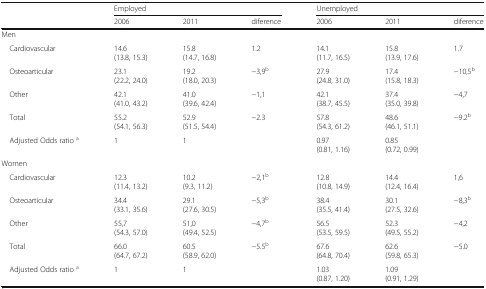
<table><thead><tr><td></td><td colspan="3"><b>Employed</b></td><td colspan="3"><b>Unemployed</b></td></tr><tr><td></td><td><b>2006</b></td><td><b>2011</b></td><td><b>diference</b></td><td><b>2006</b></td><td><b>2011</b></td><td><b>diference</b></td></tr></thead><tbody><tr><td colspan="7">Men</td></tr><tr><td> Cardiovascular</td><td>14.6(13.8, 15.3)</td><td>15.8(14.7, 16.8)</td><td>1.2</td><td>14.1(11.7, 16.5)</td><td>15.8(13.9, 17.6)</td><td>1.7</td></tr><tr><td> Osteoarticular</td><td>23.1(22.2, 24.0)</td><td>19.2(18.0, 20.3)</td><td>−3,9<sup>b</sup></td><td>27.9(24.8, 31.0)</td><td>17.4(15.8, 18.3)</td><td>−10,5<sup>b</sup></td></tr><tr><td> Other</td><td>42.1(41.0, 43.2)</td><td>41.0(39.6, 42.4)</td><td>−1,1</td><td>42.1(38.7, 45.5)</td><td>37.4(35.0, 39.8)</td><td>−4,7</td></tr><tr><td> Total</td><td>55.2(54.1, 56.3)</td><td>52.9(51.5, 54.4)</td><td>−2.3</td><td>57.8(54.3, 61.2)</td><td>48.6(46.1, 51.1)</td><td>−9.2<sup>b</sup></td></tr><tr><td> Adjusted Odds ratio <sup>a</sup></td><td>1</td><td>1</td><td></td><td>0.97(0.81, 1.16)</td><td>0.85(0.72, 0.99)</td><td></td></tr><tr><td colspan="7">Women</td></tr><tr><td> Cardiovascular</td><td>12.3(11.4, 13.2)</td><td>10.2(9.3, 11.2)</td><td>−2,1<sup>b</sup></td><td>12.8(10.8, 14.9)</td><td>14.4(12.4, 16.4)</td><td>1,6</td></tr><tr><td> Osteoarticular</td><td>34.4(33.1, 35.6)</td><td>29.1(27.6, 30.5)</td><td>−5,3<sup>b</sup></td><td>38.4(35.5, 41.4)</td><td>30.1(27.5, 32.6)</td><td>−8,3<sup>b</sup></td></tr><tr><td> Other</td><td>55,7(54.3, 57.0)</td><td>51,0(49.4, 52.5)</td><td>−4,7<sup>b</sup></td><td>56.5(53.5, 59.5)</td><td>52.3(49.5, 55.2)</td><td>−4,2</td></tr><tr><td> Total</td><td>66.0(64.7, 67.2)</td><td>60.5(58.9, 62.0)</td><td>−5.5<sup>b</sup></td><td>67.6(64.8, 70.4)</td><td>62.6(59.8, 65.3)</td><td>−5.0</td></tr><tr><td> Adjusted Odds ratio <sup>a</sup></td><td>1</td><td>1</td><td></td><td>1.03(0.87, 1.20)</td><td>1.09(0.91, 1.29)</td><td></td></tr></tbody></table>